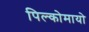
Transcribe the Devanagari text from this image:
पिल्कोमायो